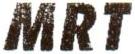
MRT